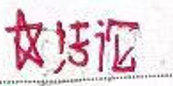
结论